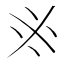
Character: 𠂭